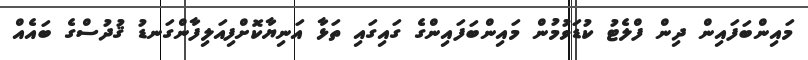
މައިންބަފައިން ދިން ފްލެޓު ކުޑަވުމުން މައިންބަފައިންގެ ގައިގައި ތަޅާ އަނިޔާކޮށްފިއަލިފާންގަނޑު ޤުދުސްގެ ބައެއް